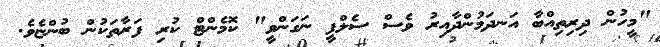
"މީހުން ދިރިތިއްބާ އަނދަމުންދާއިރު ވެސް ސެލްފީ ނަގަންވީ" ކޮމެންޓް ކުރި ފަރާތަކުން ބުންޏެވެ.